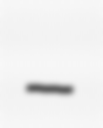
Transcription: –